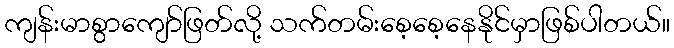
ကျန်းမာစွာကျော်ဖြတ်လို့ သက်တမ်းစေ့စေ့နေနိုင်မှာဖြစ်ပါတယ်။